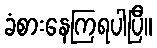
ခံစားနေကြရပါပြီ။